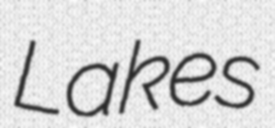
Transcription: Lakes